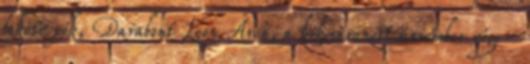
fekete pók, Darabont Leon Áron, a kikosarazott úriember vége-